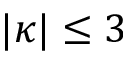
| \kappa | \leq 3